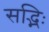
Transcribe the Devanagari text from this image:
सद्भिः